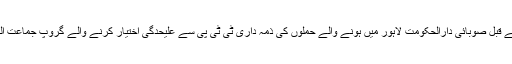
ان کا کہنا تھا کہ اس سے قبل صوبائی دارالحکومت لاہور میں ہونے والے حملوں کی ذمہ داری ٹی ٹی پی سے علیحدگی اختیار کرنے والے گروپ جماعت الحرار نے قبول کی تھی۔